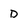
Character: d